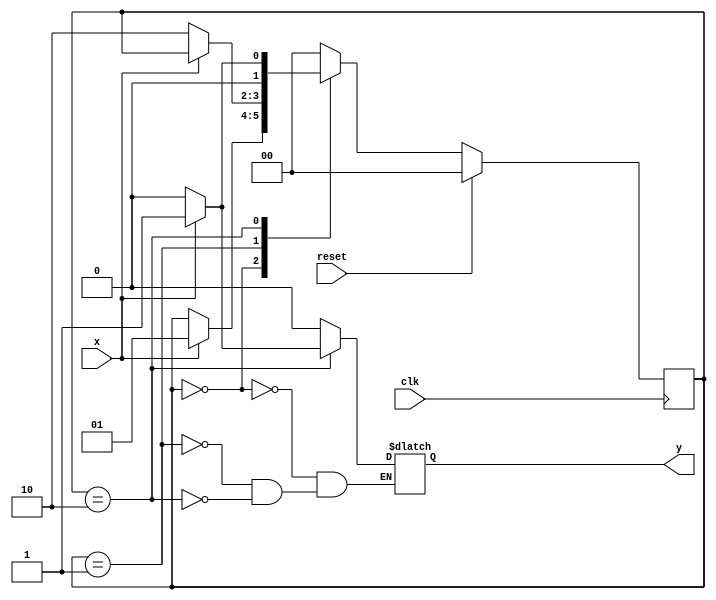
module mealy101(
	input x,clk,reset,
	output reg y
    );
	 
	 reg [1:0] cst,nst;
	 
	 parameter s0=2'b00, s1=2'b01, s2=2'b10;
	 
	 always@(cst or x) begin
		case(cst)
		s0: begin
				if(x) begin
					nst=s1;
					y=0;
					end
				else begin
					nst=cst;
					y=0;
					end
			end	
		s1: begin
				if(~x) begin
					nst=s2;
					y=0;
					end
				else begin
					nst=cst;
					y=0;
					end
			end
		s2: begin
				if(x) begin
					nst=s1;
					y=1;
					end
				else begin
					nst=s0;
					y=0;
					end
			end
		default: nst=s0;
	endcase
	
	end
	
	always@(posedge clk) begin
		if(reset)
			cst <= s0;
		else
			cst <= nst;
	end
		
	//assign y=(cst==s2)&x    output depends on current state as well input in mealy
endmodule